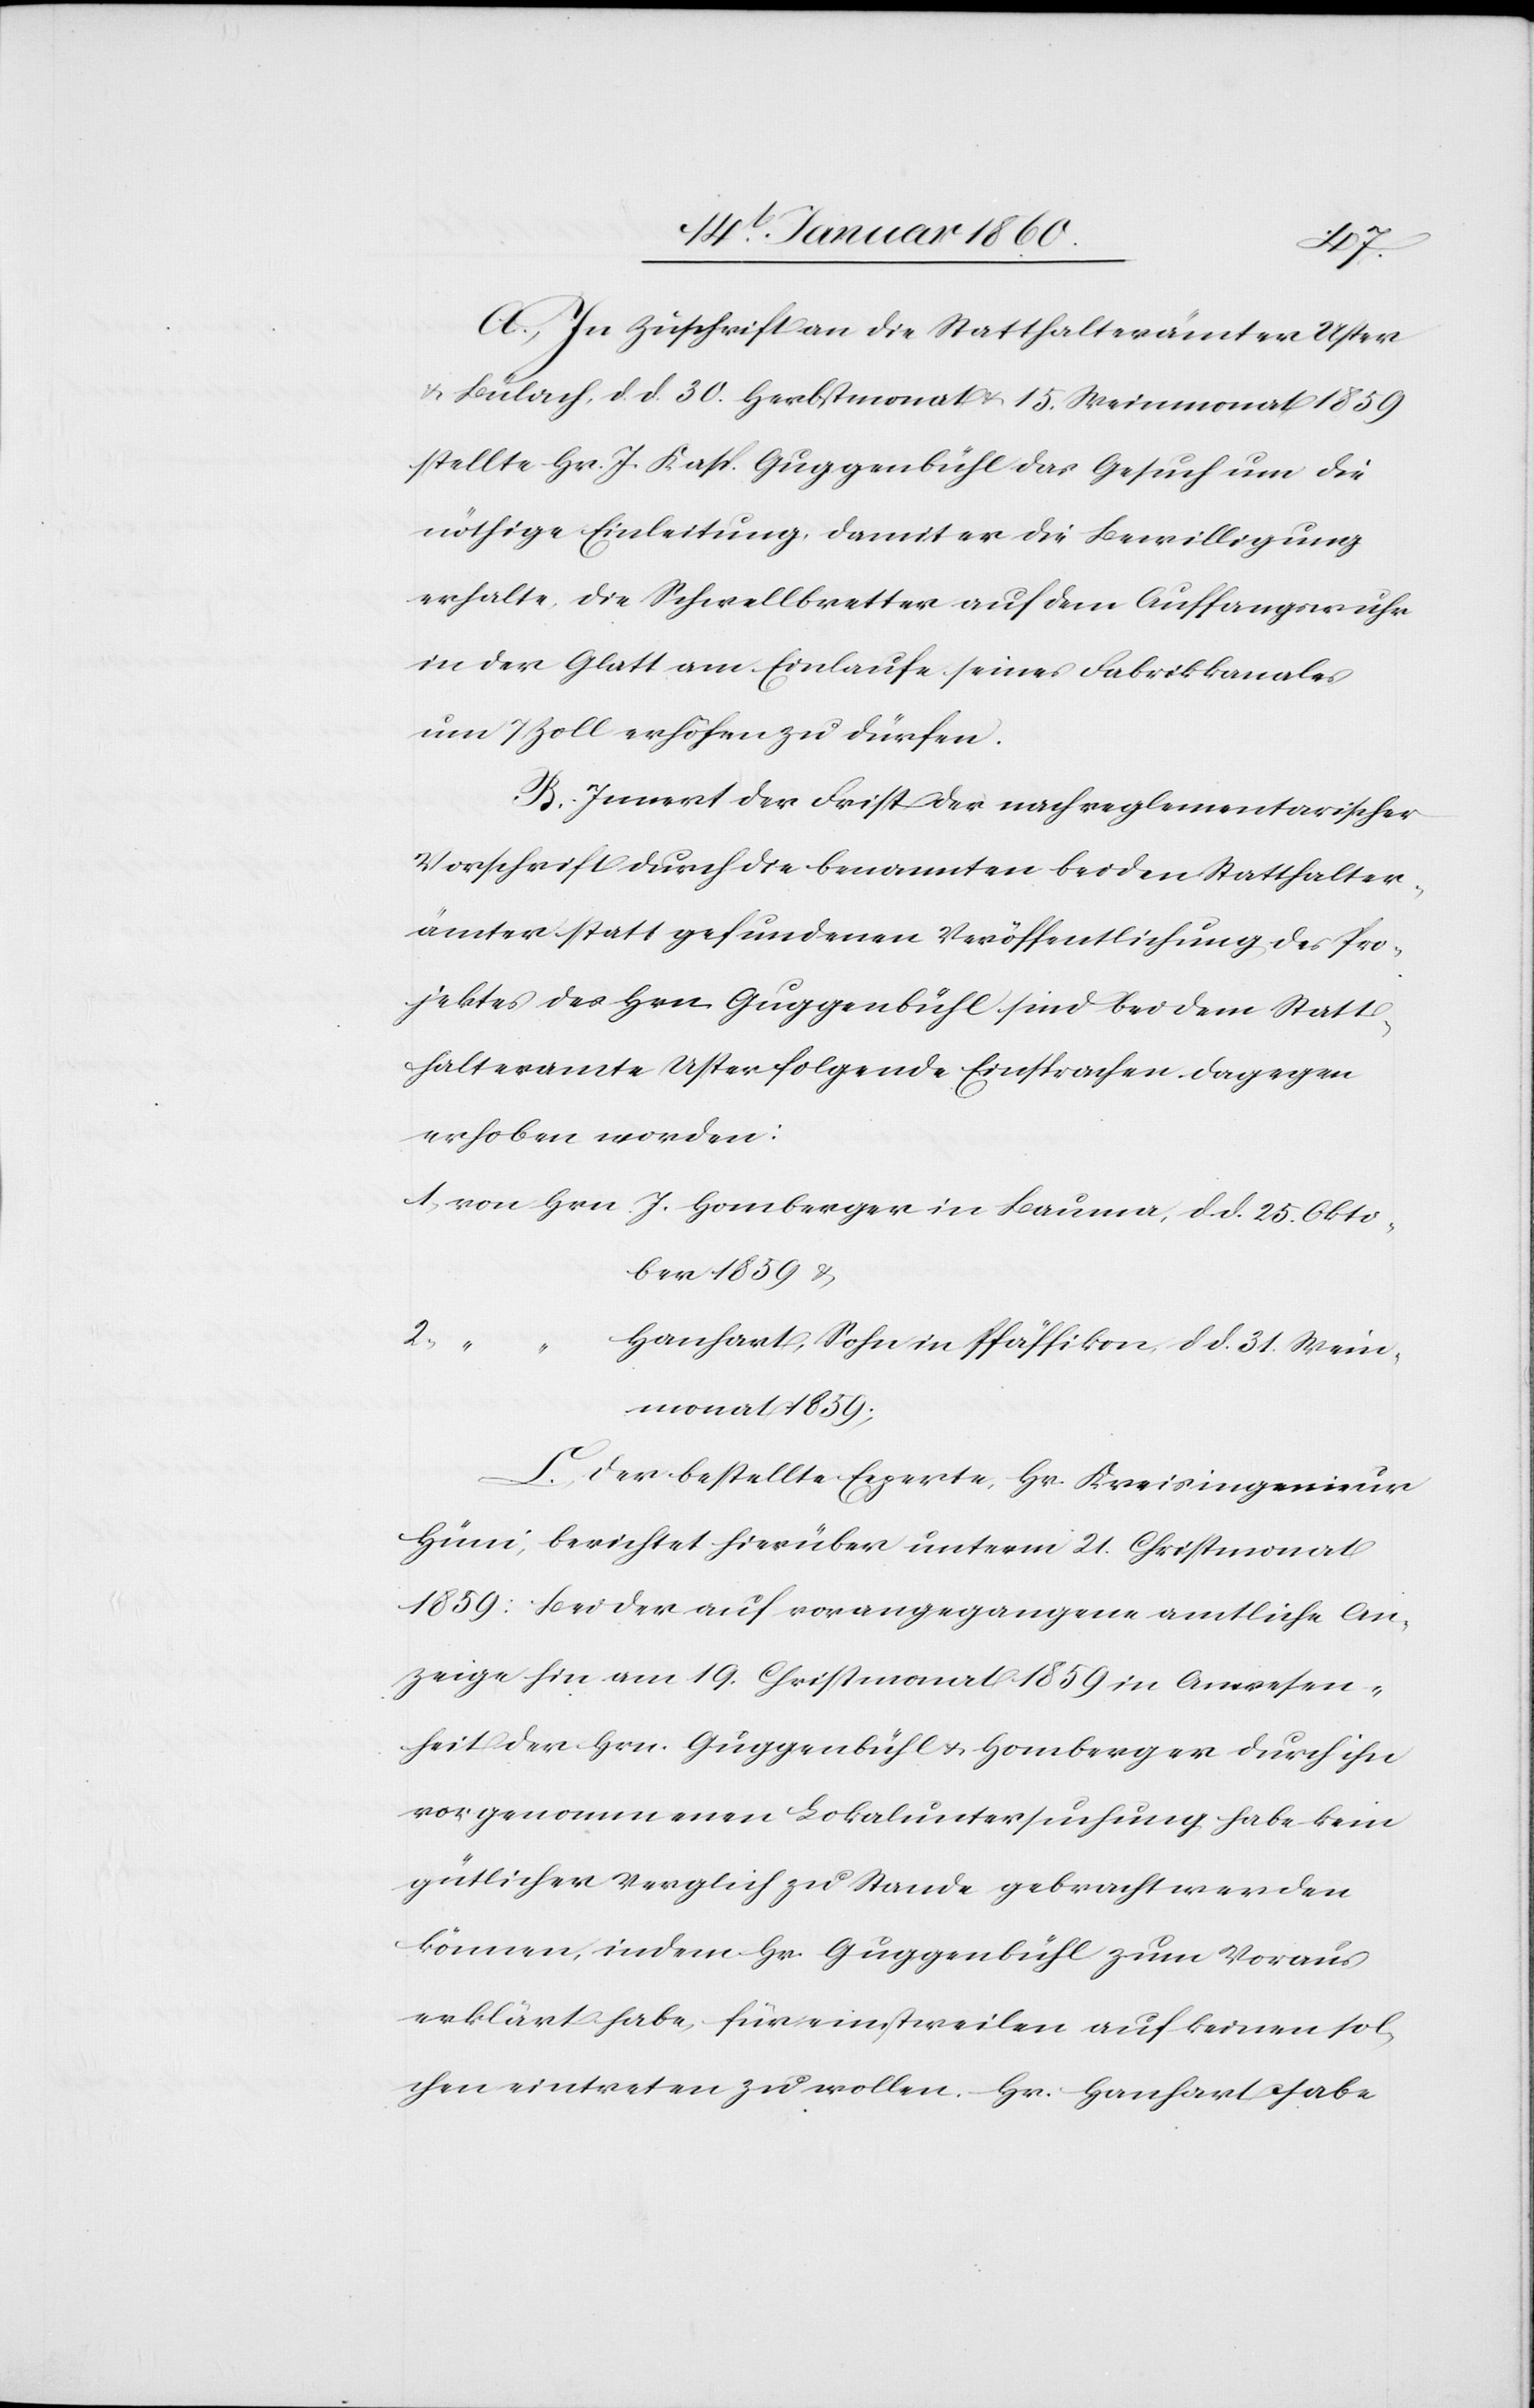
A. In Zuschrift an die Statthalterämter Uster
u. Bülach, d. d. 30. Herbstmonat u. 15. Weinmonat 1859
stellte Hr. J. Kasp. Guggenbühl das Gesuch um die
nöthige Einleitung, damit er die Bewilligung
erhalte, die Schwellbretter auf dem Auffangwuhr
in der Glatt am Einlaufe seines Fabrikkanales
um 7 Zoll erhöhen zu dürfen.
B. Innert der Frist der nach reglementarischer
Vorschrift durch die benannten beiden Statthalter¬
ämter statt gefundenen Veröffentlichung des Pro¬
jektes des Hrn. Guggenbühl sind bei dem Statt¬
halteramte Uster folgende Einsprachen dagegen
erhoben worden:
1. von Hrn. Homberger in Bauma, d. d. 25. Octo¬
ber 1859 u.
2.
Hanhart, Sohn in Pfäffikon, d. d. 31. Wein¬
monat 1859.
C. Der bestellte Experte, Hr. Kreisingenieur
Hüni, berichtet hierüber unterm 21. Christmonat
1859: Bei der auf vorangegangene amtliche An¬
zeige hin am 19. Christmonat 1859 in Anwesen¬
heit der Hrn. Guggenbühl u. Homberger durch ih¬
rer genommenen Lokaluntersuchung habe kein
gütlicher Vergleich zu Standen gebracht werden
können, indem Hr. Guggenbühl zum Voraus
erklärt habe, für einstweilen auf keinen sol¬
chen eintreten zu wollen. Hr. Hanhart habe